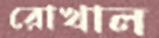
রোখাল